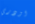
اودري